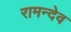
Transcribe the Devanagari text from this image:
रामन्देव